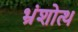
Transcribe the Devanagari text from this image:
भ्रंशोत्थ